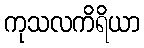
ကုသလကိရိယာ